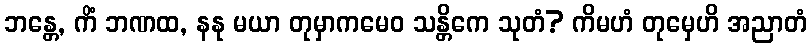
ဘန္တေ, ကိံ ဘဏထ, နနု မယာ တုမှာကမေဝ သန္တိကေ သုတံ? ကိမဟံ တုမှေဟိ အညာတံ